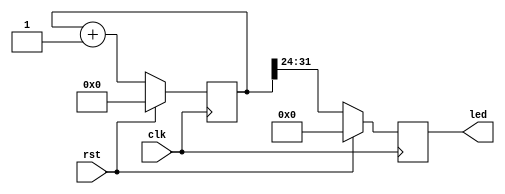
`timescale 1ns / 1ps
//////////////////////////////////////////////////////////////////////////////////
// Company: 
// Engineer: 
// 
// Design Name: 
// Module Name: lab06_3_2
// Project Name: 
// Target Devices: 
// Tool Versions: 
// Description: 
// 
// Dependencies: 
// 
// Revision:
// Revision 0.01 - File Created
// Additional Comments:
// 
//////////////////////////////////////////////////////////////////////////////////


module lab06_3_2(
input clk, rst,
output reg [7:0] led);
reg [31:0] r;
always@(posedge clk)
begin
    if(rst)
        begin
            r <= 32'b0;
            led <= 8'h0;
        end
    else
        begin
            r <= r + 32'b1;
            led <= {r[31], r[30], r[29], r[28], r[27], r[26], r[25], r[24]};
        end
end
endmodule